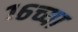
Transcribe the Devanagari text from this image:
१६च्या